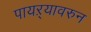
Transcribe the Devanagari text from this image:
पायऱ्यावरुन